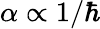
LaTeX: \alpha\propto 1/\hbar